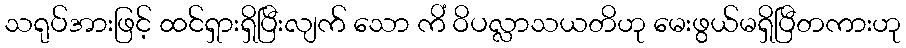
သရုပ်အားဖြင့် ထင်ရှားရှိပြီးလျက် သော ကိံ ဝိပလ္လာသယတိဟု မေးဖွယ်မရှိပြီတကားဟု